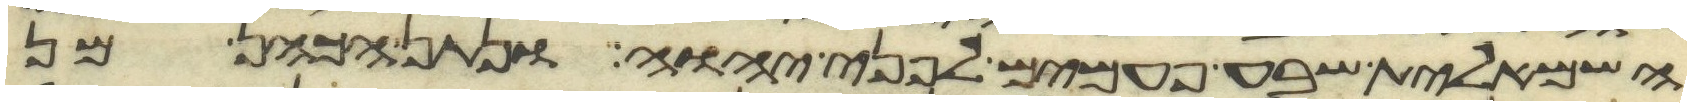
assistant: השמאלית שבע פעמים לפני יהוה ונתן הכהן מן